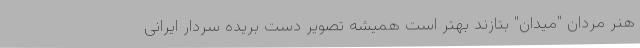
هنر مردان "میدان" بتازند بهتر است همیشه تصویر دست بریده سردار ایرانی